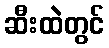
ဆီးထဲတွင်